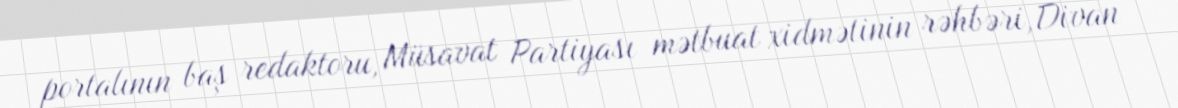
portalının baş redaktoru, Müsavat Partiyası mətbuat xidmətinin rəhbəri, Divan